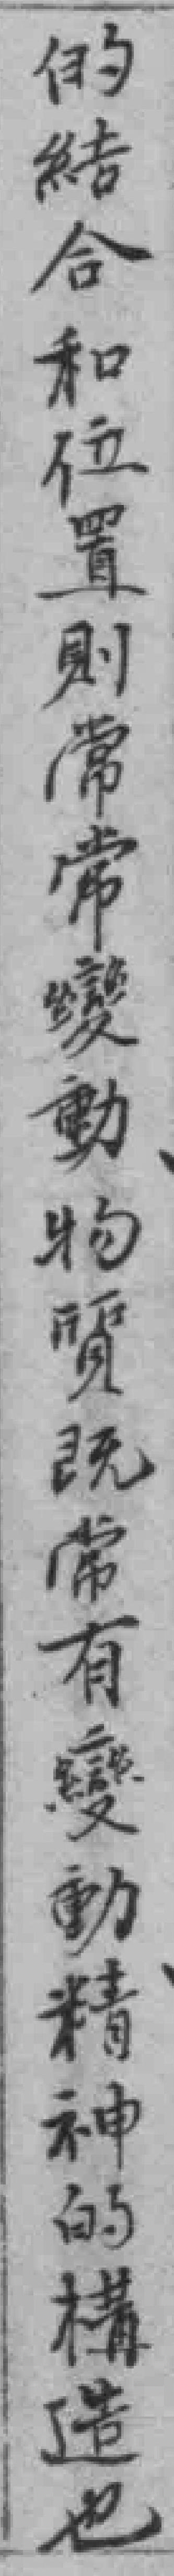
的結合和位置則常常變動物質既常有變動精神的構造也